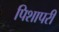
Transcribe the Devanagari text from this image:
पिशापरी